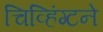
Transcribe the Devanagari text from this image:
चिव्हिंग्टने